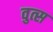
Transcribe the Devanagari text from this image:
वुत्स